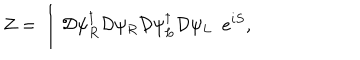
LaTeX: Z = \int { \cal D } \psi _ { R } ^ { \dagger } { \cal D } \psi _ { R } { \cal D } \psi _ { L } ^ { \dagger } { \cal D } \psi _ { L } \, \, \, e ^ { i S } ,